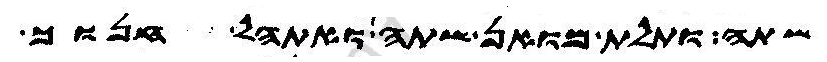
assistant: שתה ותלת מואן שתה ואתהלך חנוך